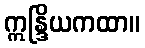
ဣန္ဒြိယကထာ။